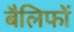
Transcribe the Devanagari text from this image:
बैलिफों